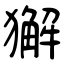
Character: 獬